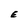
Character: E